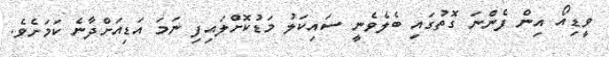
ވީޑިއޯ އިން ފެންނަ ގޮތުގައި ބެލެވެނީ ސައިކަލު މަޑުކޮށްލައިފި ނަމަ އަޑިއަށްދާނެ ކަމަށެވެ.